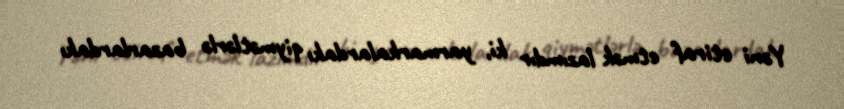
Yəni etiraf etmək lazımdır ki, yarmarkalardakı qiymətlərlə bazarlardakı